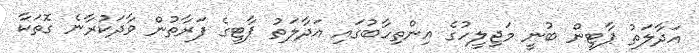
އަދާލަތު ޕާޓީން ބުނީ މަޖިލީހުގެ އިންތިހާބުގައި އަދާލަތު ޕާޓީގެ ފަރާތުން ވާދަކުރާނެ ގޮތަކާ